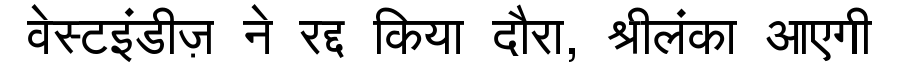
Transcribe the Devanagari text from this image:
वेस्टइंडीज़ ने रद्द किया दौरा, श्रीलंका आएगी